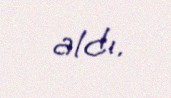
aldı.